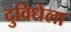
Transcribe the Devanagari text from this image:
दुविधेला